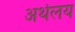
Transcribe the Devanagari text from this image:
अर्थलय